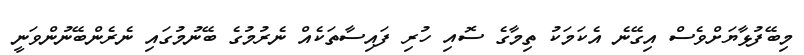
މިބޭފުޅާޔަށްވެސް އިގޭނެ އެކަމަކު ތިމާގެ ސޮއި ހުރި ފަައިސާތަކެއް ނެރުމުގެ ބޭނުމުގައި ނެރެންބޭނުންވަނީ